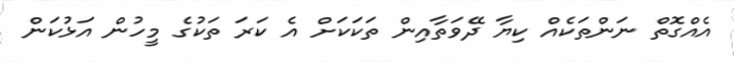
އެއްގޮތް ނަންތަކެއް ކިޔާ ދޭވަތާއިން ތަކަކަށް އެ ކަރަ ތަކުގެ މީހުން އަޅުކަން